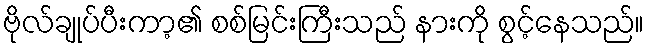
ဗိုလ်ချုပ်ပီးကာ့၏ စစ်မြင်းကြီးသည် နားကို စွင့်နေသည်။